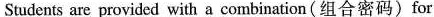
Students are provided with acombination(组合密码) for